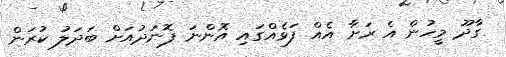
ގާދޫ މީހުން އެ ރަށާ އެއް ފަޅެއްގައި އޮންނަ ފޮނަދުއަށް ބަދަލު ކުރަން